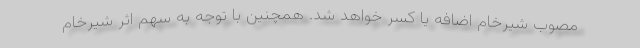
مصوب شیرخام اضافه یا کسر خواهد شد. همچنین با توجه به سهم اثر شیرخام